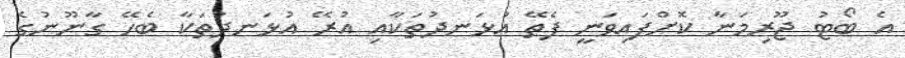
އެ ބޯޓު ޖޫރިމަނާ ކޮށްފައިވަނީ ފެތޭ އުޅަނދުތަކާއި އުރޭ އުޅަނދުތަކާ ބެހޭ ގާނޫނުގެ